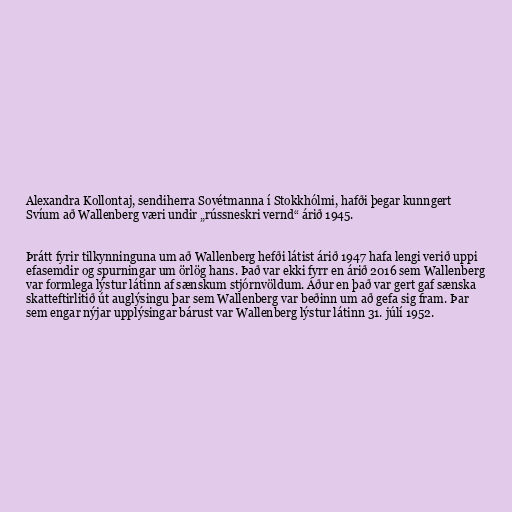
Alexandra Kollontaj, sendiherra Sovétmanna í Stokkhólmi, hafði þegar kunngert
Svíum að Wallenberg væri undir „rússneskri vernd“ árið 1945.

Þrátt fyrir tilkynninguna um að Wallenberg hefði látist árið 1947 hafa lengi verið uppi
efasemdir og spurningar um örlög hans. Það var ekki fyrr en árið 2016 sem Wallenberg
var formlega lýstur látinn af sænskum stjórnvöldum. Áður en það var gert gaf sænska
skatteftirlitið út auglýsingu þar sem Wallenberg var beðinn um að gefa sig fram. Þar
sem engar nýjar upplýsingar bárust var Wallenberg lýstur látinn 31. júlí 1952.